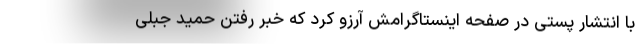
با انتشار پستی در صفحه اینستاگرامش آرزو کرد که خبر رفتن حمید جبلی